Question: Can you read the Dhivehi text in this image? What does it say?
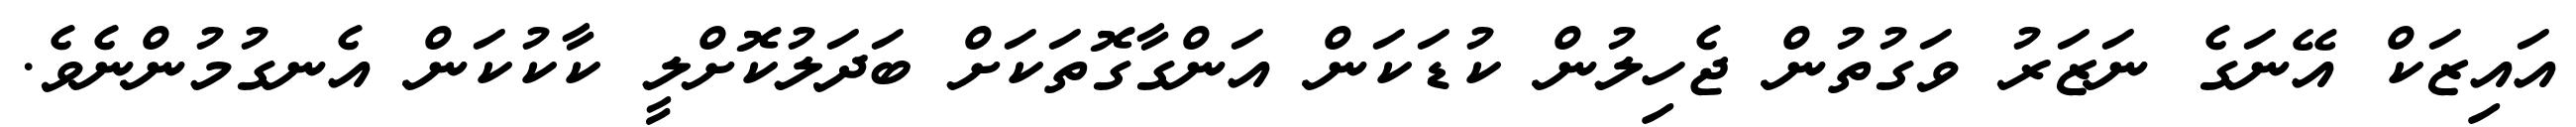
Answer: އައިޒަކް އޭނަގެ ނަޒަރު ވަގުތުން ޖެހިލުން ކުޑަކަން އަންގާގޮތަކަށް ބަދަލުކޮށްލީ ކާކުކަން އެނގުމުންނެވެ.